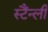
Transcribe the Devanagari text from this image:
स्टैंन्ली